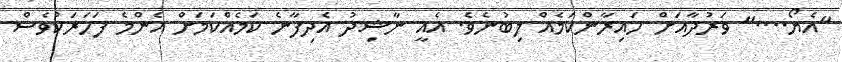
"އެޔޯ...." ވަރުދާއަށް ހައިރާންކަމެއް ލިބުނެވެ. އެއީ ނާޝިދު އެދިފާނެ ކަމެއްކަމަށް އެންމެ ފަހަރަކުވެސް